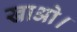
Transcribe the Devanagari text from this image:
खाओ।